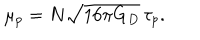
LaTeX: \mu _ { p } = N \sqrt { 1 6 \pi G _ { D } } \, \tau _ { p } .